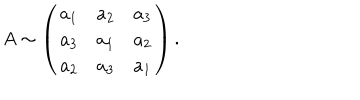
A \sim \left( \begin{array} { c c c } { { a _ { 1 } } } & { { a _ { 2 } } } & { { a _ { 3 } } } \\ { { a _ { 3 } } } & { { a _ { 1 } } } & { { a _ { 2 } } } \\ { { a _ { 2 } } } & { { a _ { 3 } } } & { { a _ { 1 } } } \\ \end{array} \right) .